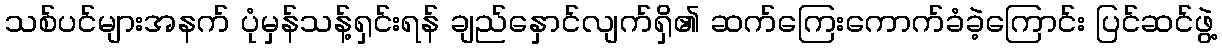
သစ်ပင်များအနက် ပုံမှန်သန့်ရှင်းရန် ချည်နှောင်လျက်ရှိ၏ ဆက်ကြေးကောက်ခံခဲ့ကြောင်း ပြင်ဆင်ဖွဲ့